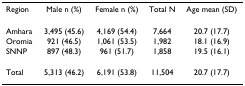
| Region | Male n (%) | Female n (%) | Total N | Age mean (SD) |
 | --- | --- | --- | --- | --- |
 | Amhara | 3,495 (45.6) | 4,169 (54.4) | 7,664 | 20.7 (17.7) |
 | Oromia | 921 (46.5) | 1,061 (53.5) | 1,982 | 18.1 (16.9) |
 | SNNP | 897 (48.3) | 961 (51.7) | 1,858 | 19.5 (16.1) |
 | Total | 5,313 (46.2) | 6,191 (53.8) | 11,504 | 20.7 (17.7) |